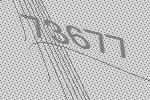
73677